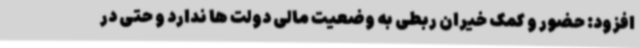
افزود: حضور و کمک خیران ربطی به وضعیت مالی دولت ها ندارد و حتی در